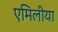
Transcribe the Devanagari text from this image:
एमिलीया